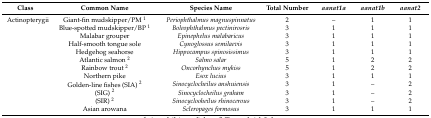
<table><thead><tr><td><b>Class</b></td><td><b>Common Name</b></td><td><b>Species Name</b></td><td><b>Total Number</b></td><td><b><i>aanat1a</i></b></td><td><b><i>aanat1b</i></b></td><td><b><i>aanat2</i></b></td></tr></thead><tbody><tr><td>Actinopterygii</td><td>Giant-fin mudskipper/PM <sup>1</sup></td><td><i>Periophthalmus magnuspinnatus</i></td><td>2</td><td>–</td><td>1</td><td>1</td></tr><tr><td></td><td>Blue-spotted mudskipper/BP <sup>1</sup></td><td><i>Boleophthalmus pectinirosris</i></td><td>3</td><td>1</td><td>1</td><td>1</td></tr><tr><td></td><td>Malabar grouper</td><td><i>Epinephelus malabaricus</i></td><td>3</td><td>1</td><td>1</td><td>1</td></tr><tr><td></td><td>Half-smooth tongue sole</td><td><i>Cynoglossus semilaevis</i></td><td>3</td><td>1</td><td>1</td><td>1</td></tr><tr><td></td><td>Hedgehog seahorse</td><td><i>Hippocampus spinosissimus</i></td><td>3</td><td>1</td><td>1</td><td>1</td></tr><tr><td></td><td>Atlantic salmon <sup>2</sup></td><td><i>Salmo salar</i></td><td>5</td><td>1</td><td>2</td><td>2</td></tr><tr><td></td><td>Rainbow trout <sup>2</sup></td><td><i>Oncorhynchus mykiss</i></td><td>5</td><td>1</td><td>2</td><td>2</td></tr><tr><td></td><td>Northern pike</td><td><i>Esox lucius</i></td><td>3</td><td>1</td><td>1</td><td>1</td></tr><tr><td></td><td>Golden-line fishes (SIA) <sup>2</sup></td><td><i>Sinocyclocheilus anshuiensis</i></td><td>3</td><td>1</td><td>–</td><td>2</td></tr><tr><td></td><td>(SIG) <sup>2</sup></td><td><i>Sinocyclocheilus graham</i></td><td>3</td><td>1</td><td>–</td><td>2</td></tr><tr><td></td><td>(SIR) <sup>2</sup></td><td><i>Sinocyclooheilus rhinocerous</i></td><td>3</td><td>1</td><td>–</td><td>2</td></tr><tr><td></td><td>Asian arowana</td><td><i>Scleropages formosus</i></td><td>3</td><td>1</td><td>1</td><td>1</td></tr></tbody></table>